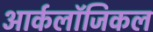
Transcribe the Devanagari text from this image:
आर्कलॉजिकल